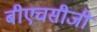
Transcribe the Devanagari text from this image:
बीएचसीजी